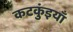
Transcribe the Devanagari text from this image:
कटकुंइयाँ